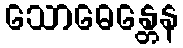
သောဓေန္တေန